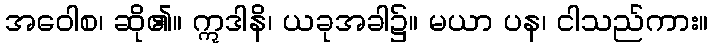
အဝေါစ၊ ဆို၏။ ဣဒါနိ၊ ယခုအခါ၌။ မယာ ပန၊ ငါသည်ကား။